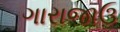
ગારાજાઉ